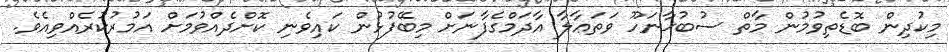
މިކުދިން ބޮޑެތިވުމުން މާތް ސުބުޙާނަހޫ ވަތަޢާލާ އާދަމްގެފާނަށް މިބޭފުޅުން ކައިވެނި ކޮށްދެއްވުމަށް އަމުރުކުރެއްވިއެވެ.